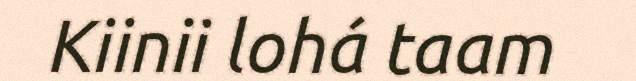
Kiinii lohá taam